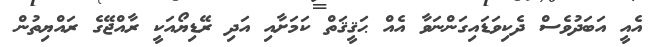
އެއީ އަބަދުވެސް ދެކިވަޑައިގަންނަވާ އެއް ޙަޤީޤަތް ކަމަށާއި އަދި ރޭޑިޔޯއަކީ ރާއްޖޭގެ ރައްޔިތުން